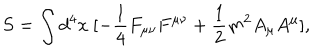
S = \int d ^ { 4 } x \ [ - \frac { 1 } { 4 } F _ { \mu \nu } F ^ { \mu \nu } + \frac { 1 } { 2 } m ^ { 2 } A _ { \mu } A ^ { \mu } ] ,